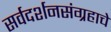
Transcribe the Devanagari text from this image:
सर्वदर्शनसंग्रहाचे